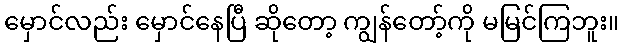
မှောင်လည်း မှောင်နေပြီ ဆိုတော့ ကျွန်တော့်ကို မမြင်ကြဘူး။